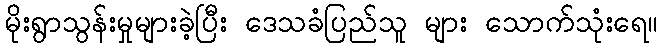
မိုးရွာသွန်းမှုများခဲ့ပြီး ဒေသခံပြည်သူ များ သောက်သုံးရေ။